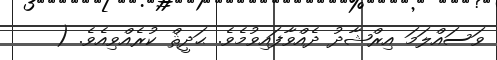
ވަސައްލަމަ އިރްޝާދު ދެއްވާފައިވުމެވެ. ޙަދީޘް ކުރެއްވިއެވެ. (